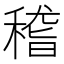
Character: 稽